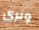
ونرى